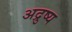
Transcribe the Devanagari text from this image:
अद्रुष्य